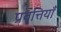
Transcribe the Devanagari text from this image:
प्रवृत्तियॉं